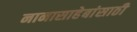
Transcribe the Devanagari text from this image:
नानासाहेबांसाठी